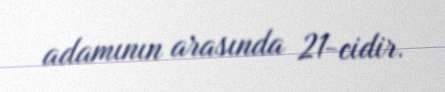
adamının arasında 21-cidir.